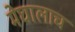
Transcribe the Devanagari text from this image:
मेघालाच